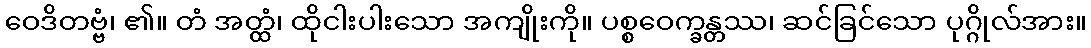
ဝေဒိတဗ္ဗံ၊ ၏။ တံ အတ္ထံ၊ ထိုငါးပါးသော အကျိုးကို။ ပစ္စဝေက္ခန္တဿ၊ ဆင်ခြင်သော ပုဂ္ဂိုလ်အား။